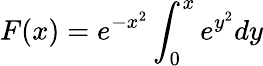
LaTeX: F(x)=e^{-x^{2}}\int_{0}^{x}e^{y^{2}}dy